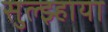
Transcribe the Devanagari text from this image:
सुल्झ्हाया